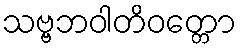
သဗ္ဗဘဝါတိဝတ္တော